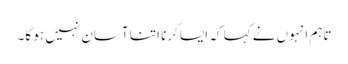
تاہم انہوں نے کہا کہ ایسا کرنا اتنا آسان نہیں ہو گا۔